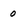
Character: o